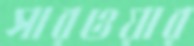
সারওয়ার